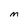
Character: M